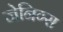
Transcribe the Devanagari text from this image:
जेनिग्स